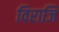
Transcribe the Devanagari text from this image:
विराजि